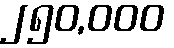
၂၅၀,၀၀၀